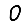
Digit: 0